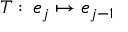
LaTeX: T : \, e _ { j } \mapsto e _ { j - 1 }